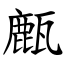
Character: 㼾